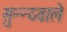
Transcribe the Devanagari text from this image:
सुन्न्य्वाले